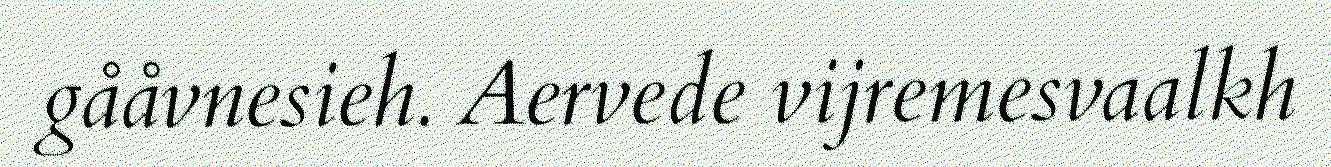
gååvnesieh. Aervede vijremesvaalkh